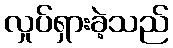
လှုပ်ရှားခဲ့သည်